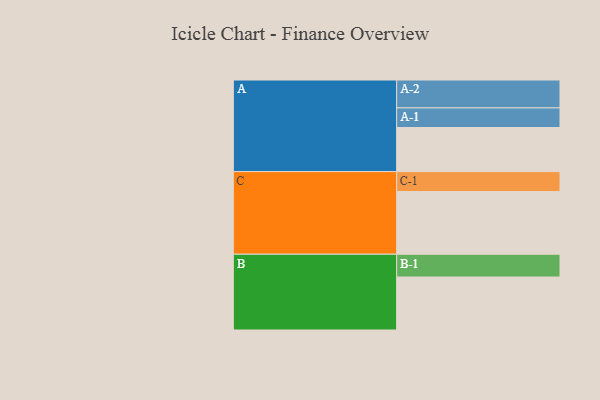
{"axis": {"x": "Segment", "y": "Value"}, "legend": ["", "A", "B", "C"], "data": [{"x": "A", "y": 373, "type": ""}, {"x": "B", "y": 448, "type": ""}, {"x": "C", "y": 530, "type": ""}, {"x": "A-1", "y": 166, "type": "A"}, {"x": "A-2", "y": 236, "type": "A"}, {"x": "B-1", "y": 193, "type": "B"}, {"x": "C-1", "y": 169, "type": "C"}]}